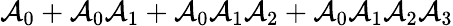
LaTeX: \mathcal{A}_{0}+\mathcal{A}_{0}\mathcal{A}_{1}+\mathcal{A}_{0}\mathcal{A}_{1}\mathcal{A}_{2}+\mathcal{A}_{0}\mathcal{A}_{1}\mathcal{A}_{2}\mathcal{A}_{3}